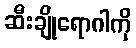
ဆီးချိုရောဂါကို